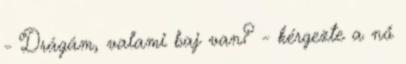
- Drágám, valami baj van? - kérgezte a nő